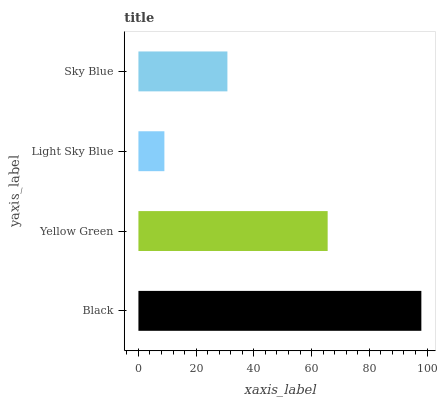
| yaxis_label | bars |
 | --- | --- |
 | Black | 98 |
 | Yellow Green | 65.6 |
 | Light Sky Blue | 9 |
 | Sky Blue | 30.8 |